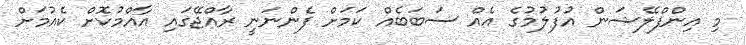
މި އިންފްލޭޝަން އުފުލުމުގެ އެއް ސަބަބެއް ކަމަށް ފެންނަނީ ރާއްޖޭގައި އާއްމުކޮށް ކެއުމަށް